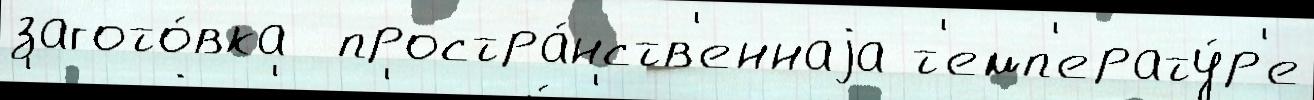
загото́вка  простра́нств'еннаjа т'емп'ерату́р'е